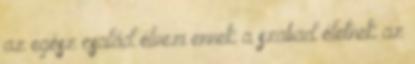
az egész család élvezi ennek a szabad életnek az